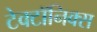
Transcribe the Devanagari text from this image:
टेक्टॉनिक्स